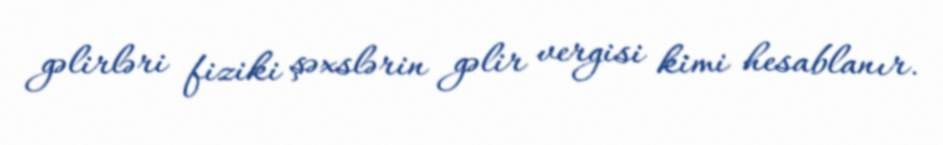
gəlirləri fiziki şəxslərin gəlir vergisi kimi hesablanır.